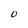
Character: O